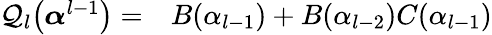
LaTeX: \begin{array}{rl}{\mathcal{Q}_{l}\big(\boldsymbol{\alpha}^{l-1}\big)=}&{{}B(\alpha_{l-1})+B(\alpha_{l-2})C(\alpha_{l-1})}\end{array}